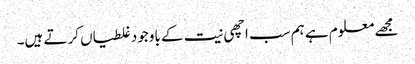
مجھے معلوم ہے ہم سب اچھی نیت کے باوجود غلطیاں کرتے ہیں۔